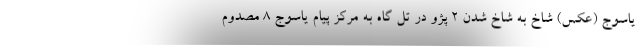
یاسوج (عکس) شاخ به شاخ شدن 2 پژو در تل گاه به مرکز پیام یاسوج 8 مصدوم